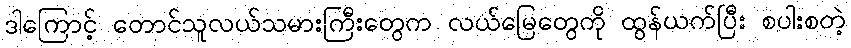
ဒါကြောင့် တောင်သူလယ်သမားကြီးတွေက လယ်မြေတွေကို ထွန်ယက်ပြီး စပါးစတဲ့